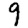
Digit: 9